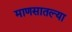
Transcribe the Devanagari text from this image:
माणसातल्या